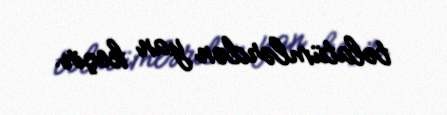
təlatümlərdən yan keçir.